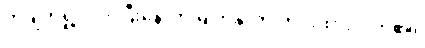
တချက်ရှုံ့လိုက်ပြီးနောက် မျက်နှာကို တင်းထားလိုက်၏။